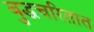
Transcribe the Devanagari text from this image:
बुद्धचरितात